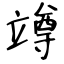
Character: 竴